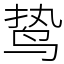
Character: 鸷